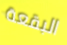
البقعة